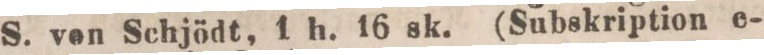
S. ven Schjödt, 1 h. 16 sk. (Subskription e-